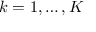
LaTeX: k = 1 , \dots , K